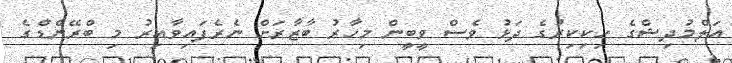
އަލްމުދިޝްގެ ހިކިކިރުގެ ދަޅު ވެސް ވީބީން މިހާރު ބާޒާރަށް ނެރެފައިވާއިރު މި ބްރޭންޑްގެ